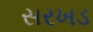
સરખડ